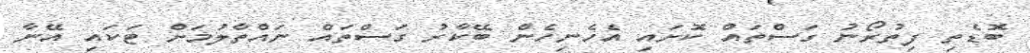
ބޮޑެތި ފިތުރޯނު ގަސްތައް ކޮށައި އެހެނިހެން ބޭކާރު ގަސްތައް ނައްތާލުމަށް ޓަކައި އޭނާ